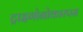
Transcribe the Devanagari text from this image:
ट्राइगोनोकारपस